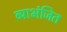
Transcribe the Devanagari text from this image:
व्याभंजित